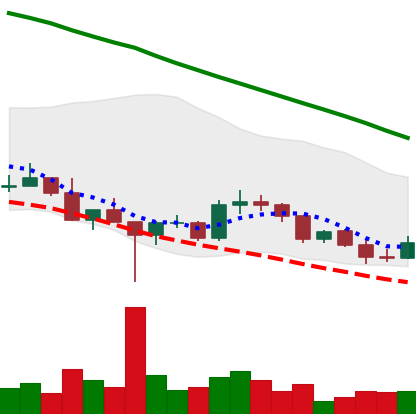
Ticker: DOGE-USD
Chart end date: 2022-03-09
Forward return: -6.201%
Label: down_5_7